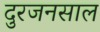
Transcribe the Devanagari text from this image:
दुरजनसाल